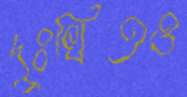
দুঃখিতও